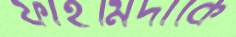
ফাহমিদাকে